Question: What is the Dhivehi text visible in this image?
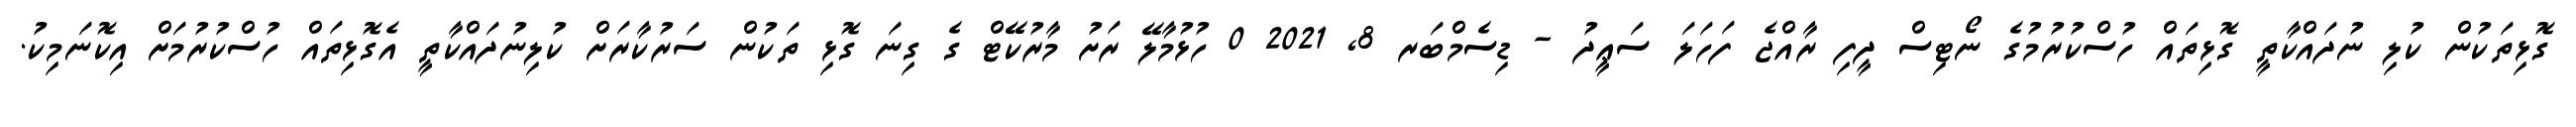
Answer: ގޮޅިތަކުން ކުލި ނުދައްކާތީ ގޮޅިތައް ހުސްކުރުމުގެ ނޯޓިސް ދީފި ރާއްޖެ ފަހަލަ ސަޢީދު - ޑިސެމްބަރ 8, 2021 0 ހުޅުމާލޭ ރަށު މާރުކޭޓް ގެ ގިނަ ގޮޅި ތަކުން ސަރުކާރަށް ކުލިނުދައްކާތީ އެގޮޅިތައް ހުސްކުރުމަށް އިކޮނަމިކު.